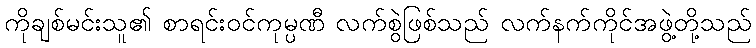
ကိုချစ်မင်းသူ၏ စာရင်းဝင်ကုမ္ပဏီ လက်စွဲဖြစ်သည် လက်နက်ကိုင်အဖွဲ့တို့သည်